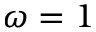
\omega = 1